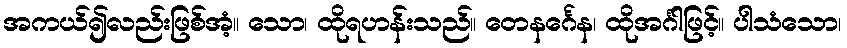
အကယ်၍လည်းဖြစ်အံ့။ သော၊ ထိုရဟန်းသည်။ တေနင်္ဂေန၊ ထိုအင်္ဂါဖြင့်။ ပါသံသော၊